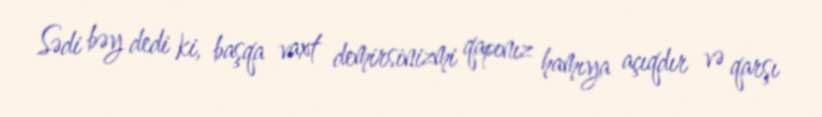
Sədi bəy dedi ki, başqa vaxt demirsinizmi qapınız hamıya açıqdır və qarşı